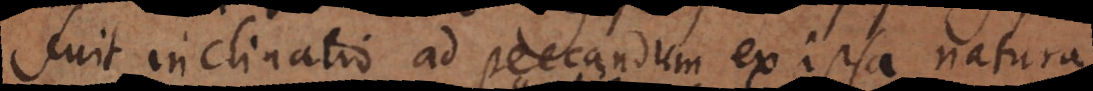
fuit inclinatio ad peccandum ex ipsa natura